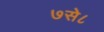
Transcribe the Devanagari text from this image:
७से८